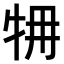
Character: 𤙉